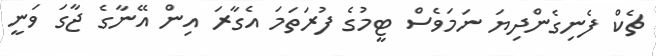
ޗެކް ފެނިގެންދިޔަ ނަމަވެސް ޓީމުގެ ފުރަތަމަ އެގާރަ އިން އޭނާގެ ޖާގަ ވަނީ